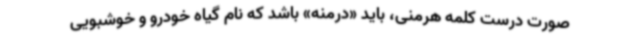
صورت درست کلمه هرمنی، باید «درمنه» باشد که نام گیاه خودرو و خوشبویی